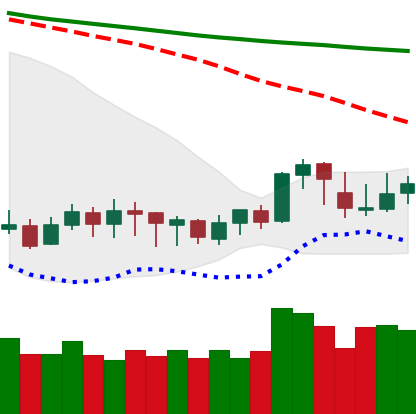
Ticker: XLM-USD
Chart end date: 2020-01-12
Forward return: 24.282%
Label: up_7plus